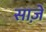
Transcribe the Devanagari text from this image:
साज़े